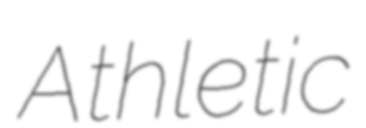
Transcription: Athletic